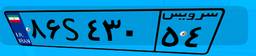
۸۶S۴۳۰۵۴